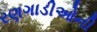
રણગાડીઓની